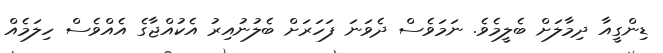
ޑިންގީއާ ދިމާލަށް ބެލީމެވެ. ނަމަވެސް ދެވަނަ ފަހަރަށް ބެލުނުއިރު އެކުއްޖާގެ އެއްވެސް ހިލަމެއް